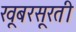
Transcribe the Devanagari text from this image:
खूबरसूरती